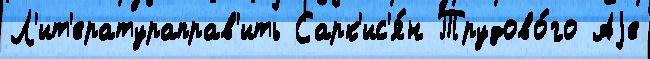
Л'ит'ератураправ'ить Сарк'ис'я́н Трудово́го Аjе